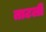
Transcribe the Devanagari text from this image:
ताटली